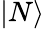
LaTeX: |N\rangle